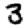
Digit: 3